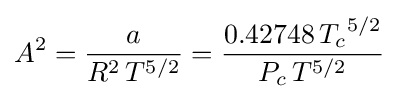
A^{2}={\frac {a}{R^{2}\,T^{5/2}}}={\frac {0.42748\,{T_{c}}^{5/2}}{P_{c}\,T^{5/2}}}